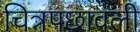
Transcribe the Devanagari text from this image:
चित्रपछावली